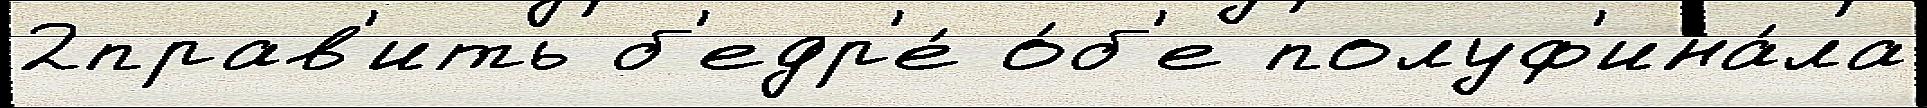
2прав'ить б'едр'е́ о́б'е полуф'ина́ла